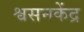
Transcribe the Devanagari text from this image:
श्वसनकेंद्र